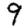
Digit: 9